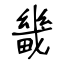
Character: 畿